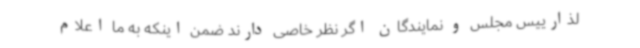
لذارییس مجلس و نمایندگان اگر نظر خاصی دارند ضمن اینکه به ما اعلام